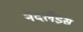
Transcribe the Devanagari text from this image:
नेदर्लँड्स